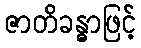
ဇာတိခန္ဓာဖြင့်